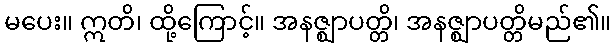
မပေး။ ဣတိ၊ ထို့ကြောင့်။ အနဇ္ဈာပတ္တိ၊ အနဇ္ဈာပတ္တိမည်၏။